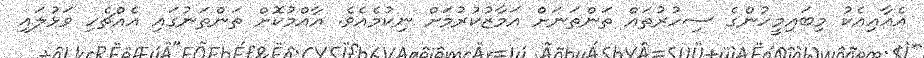
އެއާއިއެކު މިބައިމީހުންގެ ސިހުރުތައް ތަންތަނަށް އަމާޒުކުރުމަށް ނިކުމެއެވެ. އާއްމުކޮށް ތަންތަނުގައި އެއްޗެހި ވަޅުލައި